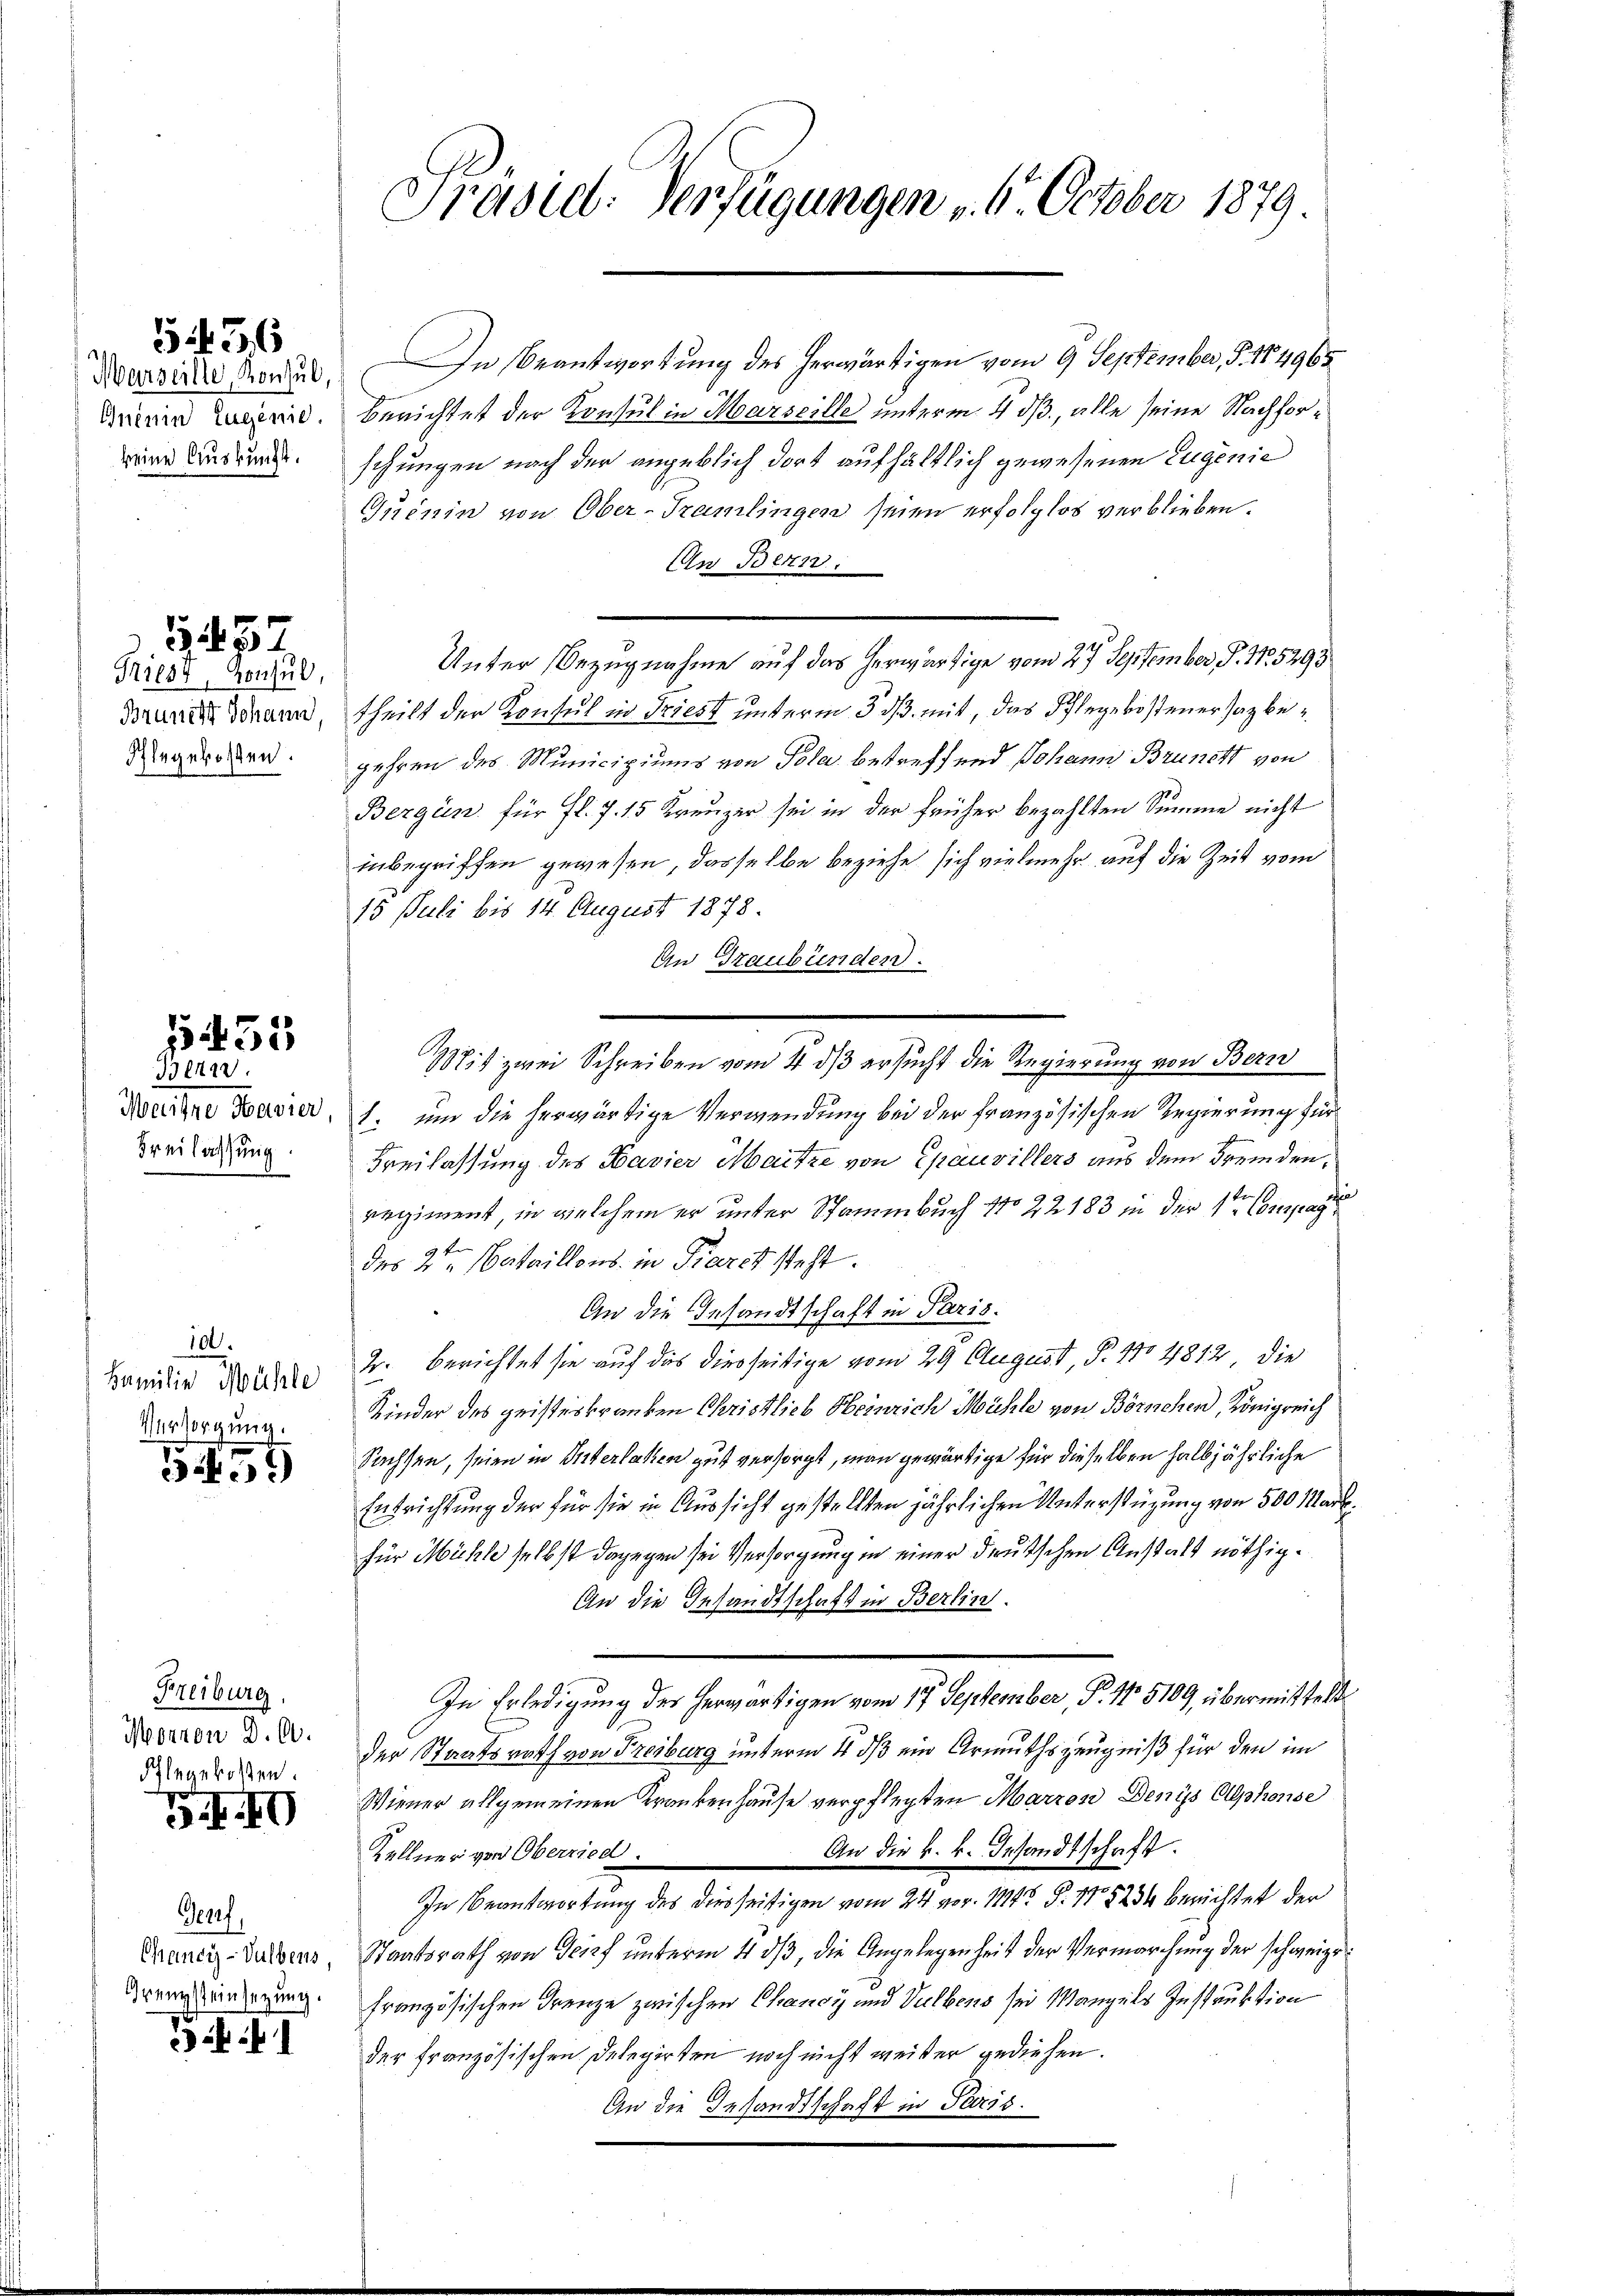
Marseille, Konsul,

5456

Triest, Konsul,
Brunert Johann
Ahlegekosten.

852.

5455
Bern.

Mendre Havier
Freilassung.

id.
Familie Mühle
Versorgung.

)

Freiburg,
Morron D. C.
Ihlegekosten.

G. 40

Genf,
Chancy-Subens,
Grenzsteinsezung.

i

Präsid. Verfügungen 6. October 1879.

In Beantwortung des herwärtigen vom 9. September, S. 184965
Brinia Luzern. Berichtet der Konsul in Marseille unterm 4 dß, alle seine Nachforine Ausdruck. schungen nach der angeblich dort aufhältlich gewesenen Eugenie
Inenin von Ober-Tramlingen seien erfolglos verblieben.
An Bern.
Unter Bezugnahme auf das herwärtige vom 27. September P. Nr. 5293
theilt der Konsul in Triest unterm 3. ds. mit, das Pflegekostenersagbegehren des Municipiums von Pola betreffend Johann Brunstt von
Bergün für fl. 7. 15 Kreuzer sei in der früher bezahlten Summe nicht
inbegriffen gewesen, dasselbe beziehe sich vielmehr auf die Zeit vom
15 Juli bis 14. August 1878.
An Graubünden.
Mit zwei Schreiben vom 4. dß ersucht die Regierung von Bern
1. und die herwärtige Verwendung bei der französischen Regierung für
Freilassung des Bavier Maitze von Epauvillers aus dem Fremden,
regiment, in welchem er unter Stammbuch No 22 183 in der 4ten Compag
des 2ten Bataillons in Parck steht.
An die Gesandtschaft in Paris.
Fr. berichtet sie auf das diesseitige vom 29 August, P. 110 4812, die
Kinder des geisteskranken Christlieb Heinrich Mühle von Börnchen, Königreich
Sachsen, seien in Interlaken gut versorgt, man gewärtige für dieselben halbjährliche
Entrichtung der für sie in Aussicht gestellten jährlichen Unterstüzung von 500 Markfür Mühle selbst dagegen sei Versorgung in einer deutschen Anstalt nöthig¬
An die Gesandtschaft in Berlin.
In Erledigung des herwärtigen vom 17. September, P. Nr. 5109, übermittelt
der Staatsrath von Freiburg unterm 4. ds ein Armuthszeugniß für den im
Wiener allgemeinen Krankenhause verpflegten Marros Deniss Alphonse
An die k. k. Gesandtschaft.
Kellner von Oberried.
In Beantwortung des diesseitigen vom 24. vor. 114. §. 118234 berichtet der
Staatsrath von Teich ŭnterm 4 dβ, die Angelegenheit der Vermarchŭng der schweizefranzösischen Grenze zwischen Chancy und Selbens sei Mangels Instruktion
der französischen Delegirten noch nicht weiter gediesen.
An die Gesandtschaft in Paris.